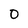
Character: 0